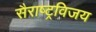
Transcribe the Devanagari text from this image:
सैराष्ट्रविजय